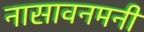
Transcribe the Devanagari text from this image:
नासावनमनी